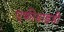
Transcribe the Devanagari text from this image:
एफीडाइडी